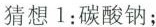
猜想1：碳酸钠；